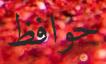
حوافظ